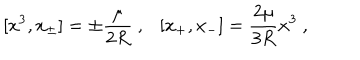
[ x ^ { 3 } , x _ { \pm } ] = \pm \frac { \mu } { 2 R } ~ , \ \ \ [ x _ { + } , x _ { - } ] = \frac { 2 \mu } { 3 R } x ^ { 3 } ~ ,